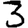
Digit: 3